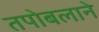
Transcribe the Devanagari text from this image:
तपोबलाने